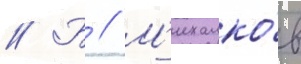
// Б // М'ихалко́в